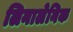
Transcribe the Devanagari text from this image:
लिनालेनिक